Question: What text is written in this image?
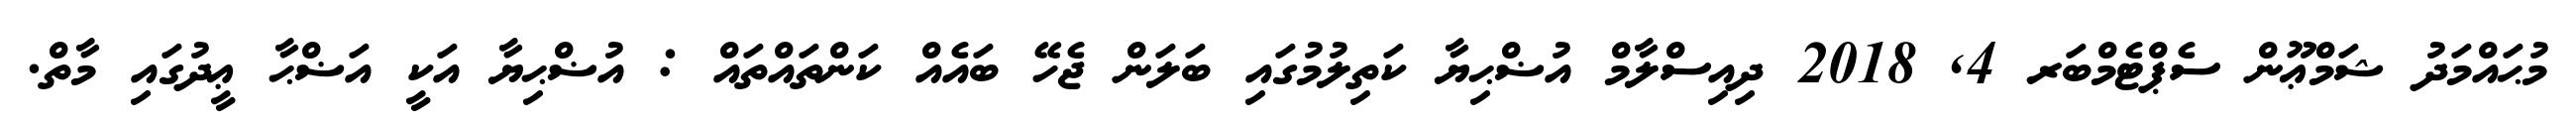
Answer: މުޙައްމަދު ޝަމްޢޫން ސެޕްޓެމްބަރ 4, 2018 ދިއިސްލާމް އުޟްޙިޔާ ކަތިލުމުގައި ބަލަން ޖެހޭ ބައެއް ކަންތައްތައް : އުޟްޙިޔާ އަކީ އަޟްޙާ ޢީދުގައި މާތް.